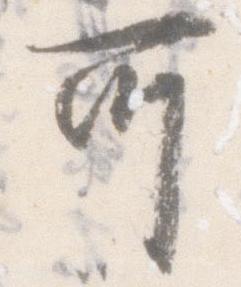
所